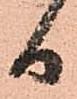
日